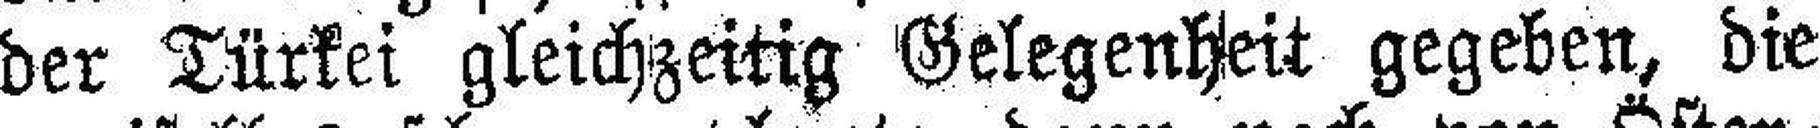
der Türkei gleichzeitig Gelegenheit gegeben, die